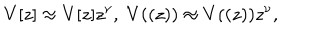
V [ z ] \approx V [ z ] z ^ { \nu } , \; V ( ( z ) ) \approx V ( ( z ) ) z ^ { \nu } ,